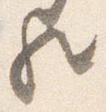
歟